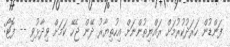
ފަންޑުން ހަރަދުކުރުމަށް ރައްޔިތުންނަށް އިހުތިޔާރު ދޭން ޖެހޭ ކަމަށް ވިދާޅުވި -- ފޮޓޯ: